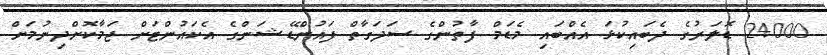
24000 ޑޮލަރުގެ ދެބައިކުޅަ އެއްބައި މެޑަމް ފާތުންގެ ސަދަގާތް ފައުންޑޭޝަންގެ އެކައުންޓަށް ޖަމާކޮށްދިނުމަށް